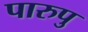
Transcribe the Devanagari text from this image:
पारुपु